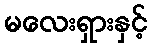
မလေးရှားနှင့်